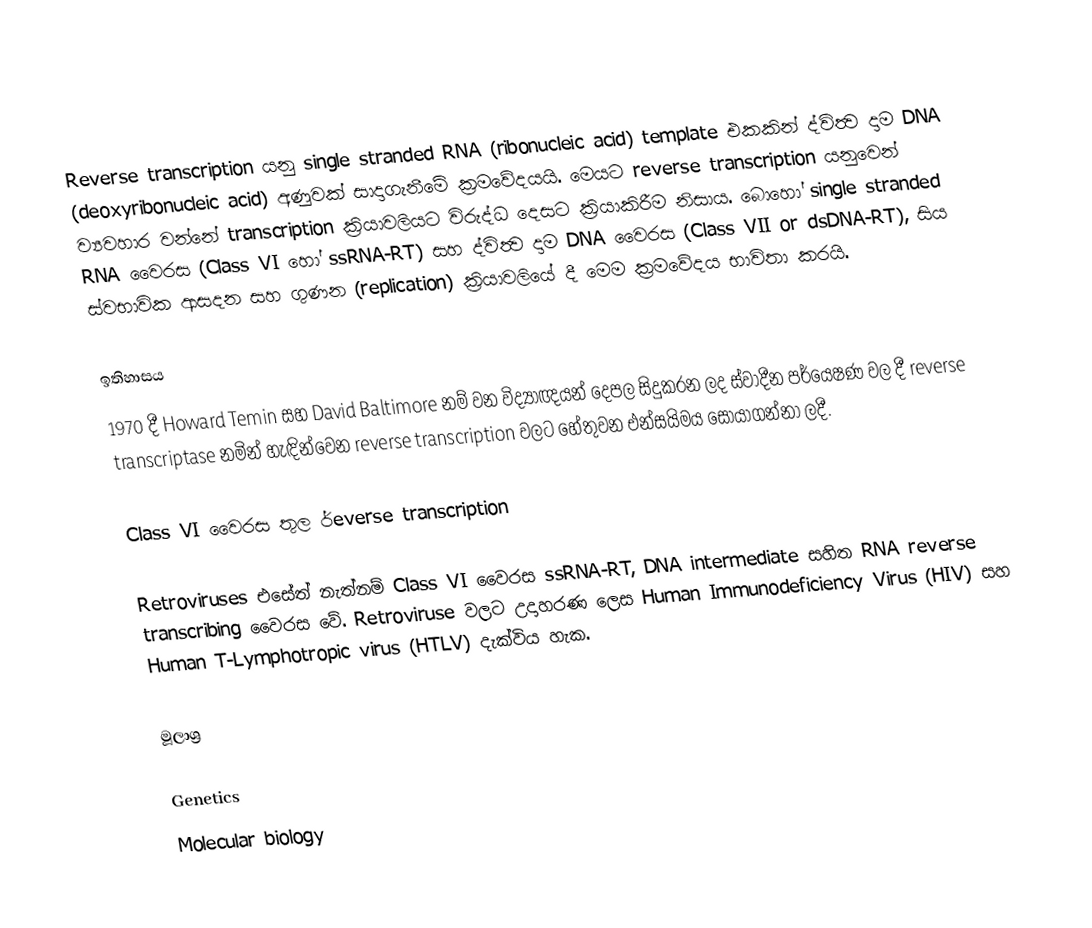
Reverse transcription යනු single stranded RNA (ribonucleic acid) template එකකින් ද්විත්‍ව දාම DNA (deoxyribonucleic acid) අණුවක් සාදාගැනීමේ ක්‍රමවේදයයි. මෙයට reverse transcription යනුවෙන් ව්‍යවහාර වන්නේ transcription ක්‍රියාවලියට විරුද්ධ දෙසට ක්‍රියාකිරීම නිසාය. බොහෝ single stranded RNA වෛරස (Class VI හෝ ssRNA-RT) සහ ද්විත්‍ව දාම DNA වෛරස (Class VII or dsDNA-RT), සිය ස්වභාවික ආසදන සහ ගුණන (replication) ක්‍රියාවලියේ දී මෙම ක්‍රමවේදය භාවිතා කරයි.

ඉතිහාසය
1970 දී Howard Temin සහ David Baltimore නම් වන විද්‍යාඥයන් දෙපල සිදුකරන ලද ස්වාදීන පර්යෙෂණ වල දී reverse transcriptase නමින් හැඳින්වෙන reverse transcription වලට හේතුවන එන්සයිමය සොයාගන්නා ලදී.

Class VI වෛරස තුල ර්everse transcription

Retroviruses එසේත් නැත්නම් Class VI වෛරස ssRNA-RT, DNA intermediate සහිත RNA reverse transcribing වෛරස වේ. Retroviruse වලට උදාහරණ ලෙස Human Immunodeficiency Virus (HIV) සහ Human T-Lymphotropic virus (HTLV) දැක්විය හැක.

මූලාශ්‍ර

Genetics
Molecular biology